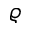
\varrho